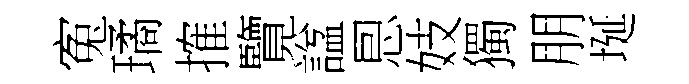
寃璚搉覽諡㤙妓獨朋埏